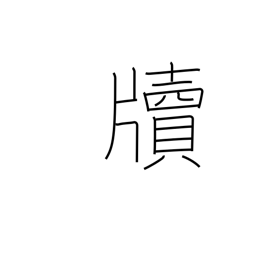
Meaning: letter